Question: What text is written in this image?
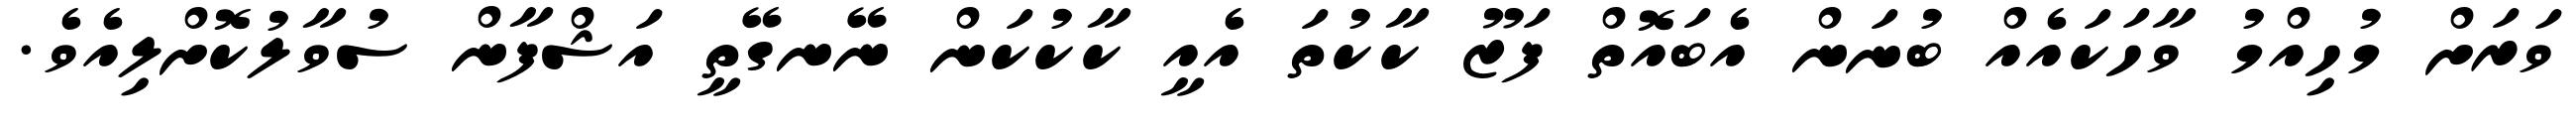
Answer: ވަރަށް މުހިއްމު ވާހަކައެއް ބުނަން އެބައޮތް ފަޒޫ ކާކުތަ އެއީ ކާކުކަން ނޭނގޭތީ އަޝްފާން ސުވާލުކޮށްލިއެވެ.